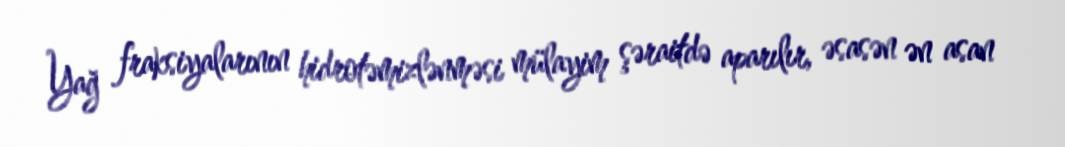
Yağ fraksiyalarının hidrotəmizlənməsi mülayim şəraitdə aparılır, əsasən ən asan